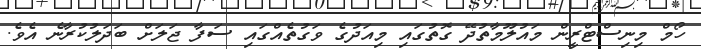
ހޯމް މިނިސްޓްރީން މައުލޫމާތުދޭ ގޮތުގައި މިއަދުގެ ވަގުތެއްގައި ސަފާ ޖަލަށް ބަދަލުކުރާނެ އެވެ.